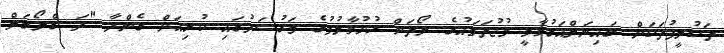
ތަކުލީފުތަކަށް ބައިނަލްއަގުވާމީ މުޖުތަމައުގެ ލޯތަށް ހުޅުވާލުމުގެ މަގުސަދުގައި ކުރިއަށް ގެންދާ "ދަ ގްލޯބަލް